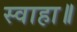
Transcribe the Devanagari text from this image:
स्वाहा॥